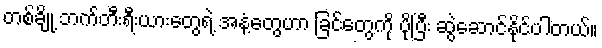
တစ်ချို့ ဘက်တီးရီးယားတွေရဲ့ အနံ့တွေဟာ ခြင်တွေကို ပိုပြီး ဆွဲဆောင်နိုင်ပါတယ်။